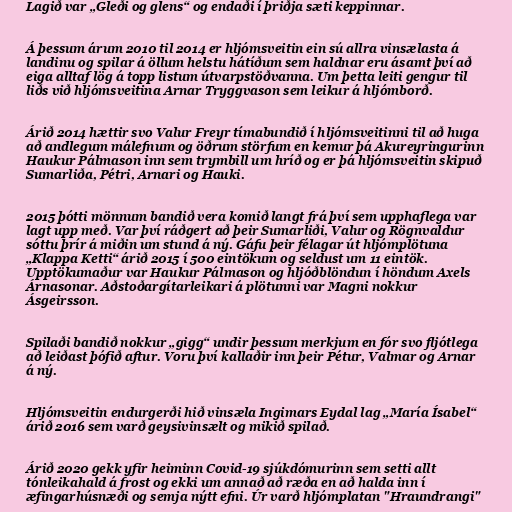
Lagið var „Gleði og glens“ og endaði í þriðja sæti keppinnar.

Á þessum árum 2010 til 2014 er hljómsveitin ein sú allra vinsælasta á
landinu og spilar á öllum helstu hátíðum sem haldnar eru ásamt því að
eiga alltaf lög á topp listum útvarpstöðvanna. Um þetta leiti gengur til
liðs við hljómsveitina Arnar Tryggvason sem leikur á hljómborð.

Árið 2014 hættir svo Valur Freyr tímabundið í hljómsveitinni til að huga
að andlegum málefnum og öðrum störfum en kemur þá Akureyringurinn
Haukur Pálmason inn sem trymbill um hríð og er þá hljómsveitin skipuð
Sumarliða, Pétri, Arnari og Hauki.

2015 þótti mönnum bandið vera komið langt frá því sem upphaflega var
lagt upp með. Var því ráðgert að þeir Sumarliði, Valur og Rögnvaldur
sóttu þrír á miðin um stund á ný. Gáfu þeir félagar út hljómplötuna
„Klappa Ketti“ árið 2015 í 500 eintökum og seldust um 11 eintök.
Upptökumaður var Haukur Pálmason og hljóðblöndun í höndum Axels
Árnasonar. Aðstoðargítarleikari á plötunni var Magni nokkur
Ásgeirsson.

Spilaði bandið nokkur „gigg“ undir þessum merkjum en fór svo fljótlega
að leiðast þófið aftur. Voru því kallaðir inn þeir Pétur, Valmar og Arnar
á ný.

Hljómsveitin endurgerði hið vinsæla Ingimars Eydal lag „María Ísabel“
árið 2016 sem varð geysivinsælt og mikið spilað.

Árið 2020 gekk yfir heiminn Covid-19 sjúkdómurinn sem setti allt
tónleikahald á frost og ekki um annað að ræða en að halda inn í
æfingarhúsnæði og semja nýtt efni. Úr varð hljómplatan "Hraundrangi"